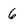
Character: 6